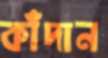
কাঁদান